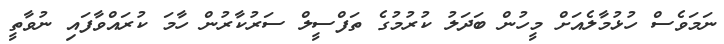
ނަމަވެސް ހުޅުމާލެއަށް މީހުން ބަދަލު ކުރުމުގެ ތަފްސީލް ސަރުކާރުން ހާމަ ކުރައްވާފައި ނުވާތީ